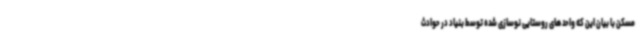
مسکن با بیان این که واحد های روستایی نوسازی شده توسط بنیاد در حوادث